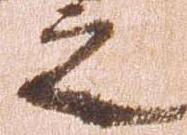
之